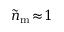
\widetilde { n } _ { \mathrm { m } } \! \approx \! 1